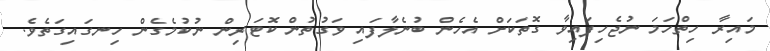
މައިރާ ހިތްހަމަ ނުޖެހިފައިވާ ގޮތަކަށް އެހެން ބުނެލާފައި ވަގުތުން ކޮޓަރިން ނުކުމެގެން ހިނގައިގަތެވެ.